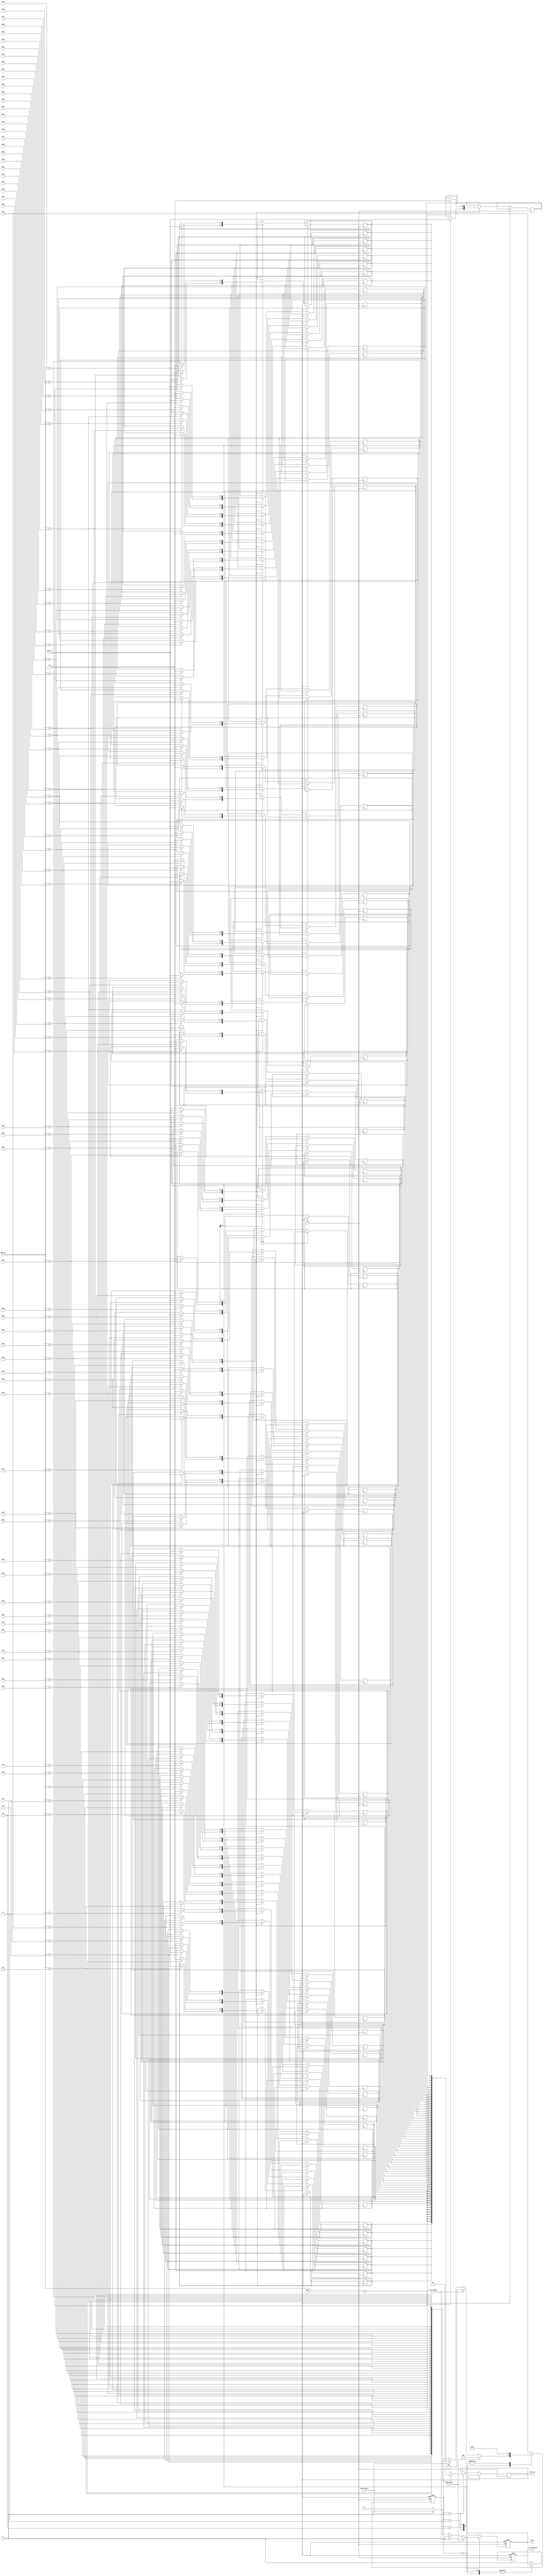
module mlc_eeprom_io (
    input wire clk,                       // System Clock
    input wire reset,                     // Reset Signal
    input wire [1:0] data_in,            // Data Input (2 bits for MLC)
    input wire [5:0] address,             // Memory Address
    input wire read_enable,               // Read Enable Signal
    input wire write_enable,              // Write Enable Signal
    input wire erase_enable,              // Erase Enable Signal
    output reg [1:0] data_out,           // Data Output (2 bits for MLC)
    output reg busy,                      // Busy Flag
    output reg error_detected             // Error Detection Flag
);

    // Memory Array Definition
    reg [1:0] memory_array[63:0]; // 64 cells for simplicity
    reg [2:0] state;                // State for State Machine

    // State Encoding
    localparam IDLE       = 3'b000;
    localparam READ       = 3'b001;
    localparam WRITE      = 3'b010;
    localparam ERASE      = 3'b011;
    localparam ERROR      = 3'b100;

    // State Machine
    always @(posedge clk or posedge reset) begin
        if (reset) begin
            state <= IDLE;
            busy <= 0;
            error_detected <= 0;
        end else begin
            case (state)
                IDLE: begin
                    busy <= 0;
                    if (read_enable) begin
                        state <= READ;
                        busy <= 1;
                    end else if (write_enable) begin
                        state <= WRITE;
                        busy <= 1;
                    end else if (erase_enable) begin
                        state <= ERASE;
                        busy <= 1;
                    end
                end

                READ: begin
                    data_out <= memory_array[address];
                    state <= IDLE; // Go back to IDLE after read
                end

                WRITE: begin
                    memory_array[address] <= data_in;
                    state <= IDLE; // Go back to IDLE after write
                end

                ERASE: begin
                    memory_array[address] <= 2'b00; // Reset cell to 00 (erased state)
                    state <= IDLE; // Go back to IDLE after erase
                end

                default: begin
                    error_detected <= 1;
                    state <= ERROR; // Handle unexpected state
                end
            endcase
        end
    end

endmodule